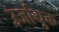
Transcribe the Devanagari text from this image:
उर्जायुक्त